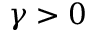
\gamma > 0